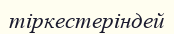
тіркестеріндей